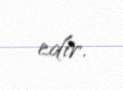
edir.